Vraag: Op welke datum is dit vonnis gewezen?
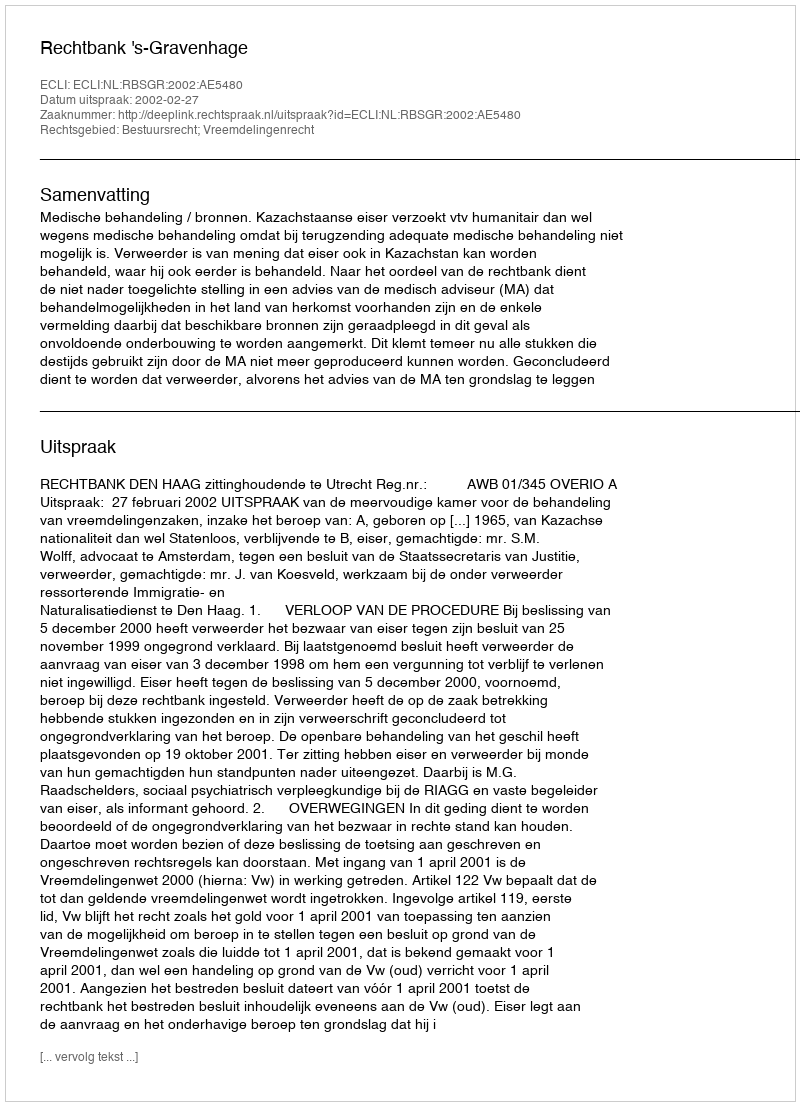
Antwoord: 2002-02-27